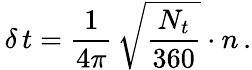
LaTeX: \, \delta\, t=\frac{1}{4\pi}\, \sqrt{\frac{N_{t}}{360}}\cdot n\, .